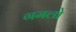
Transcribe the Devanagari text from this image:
गमलो